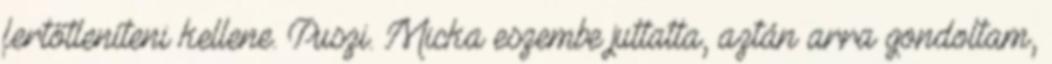
fertőtleníteni kellene. Puszi. Micka eszembe juttatta, aztán arra gondoltam,